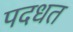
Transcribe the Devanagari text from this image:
पदधत